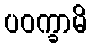
ပဝက္ခာမိ